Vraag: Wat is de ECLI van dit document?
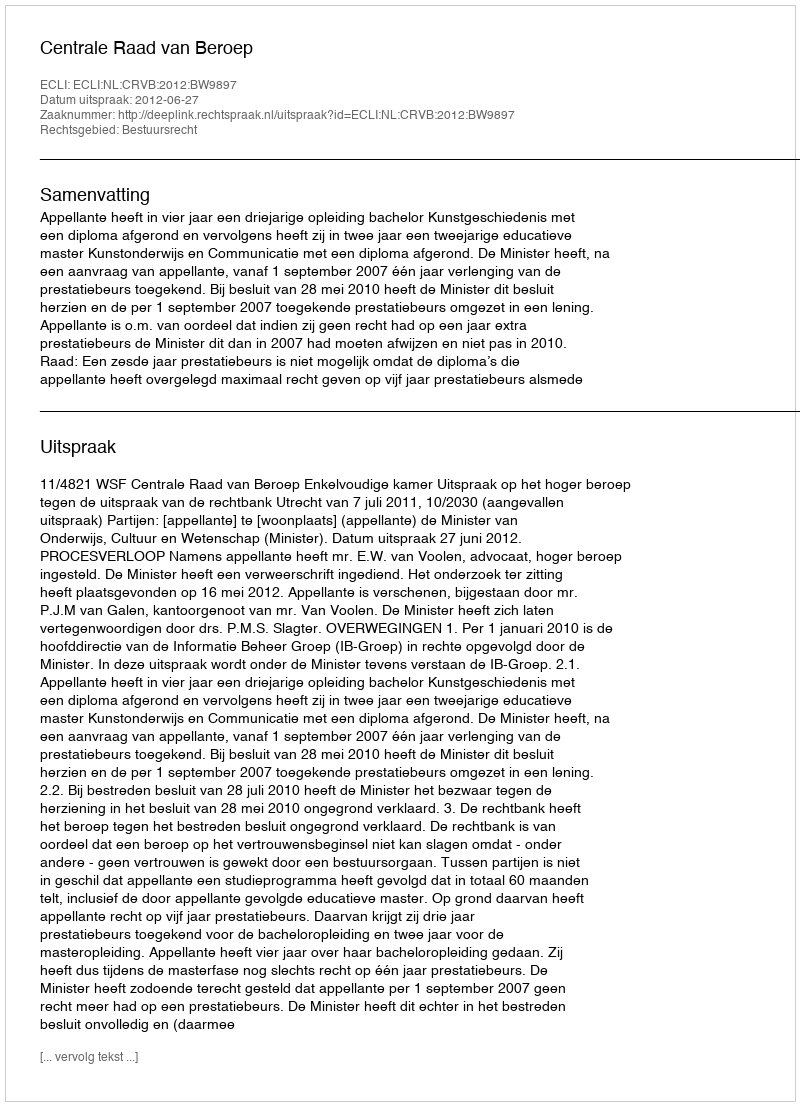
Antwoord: ECLI:NL:CRVB:2012:BW9897